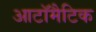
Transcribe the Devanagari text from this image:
आटॉमैटिक